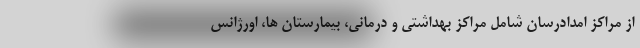
از مراکز امدادرسان شامل مراکز بهداشتی و درمانی، بیمارستان ها، اورژانس